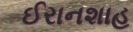
ઈરાનશાહ